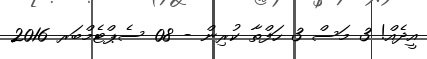
އީދެއް! 3 މަސް 3 ހަފްތާ ކުރިން - 08 ސެޕްޓެމްބަރ 2016